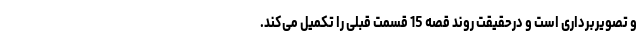
و تصویربرداری است و درحقیقت روند قصه 15 قسمت قبلی را تکمیل می‌کند.